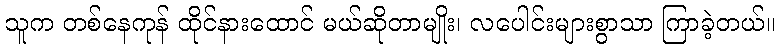
သူက တစ်နေကုန် ထိုင်နားထောင် မယ်ဆိုတာမျိုး၊ လပေါင်းများစွာသာ ကြာခဲ့တယ်။